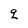
Character: q